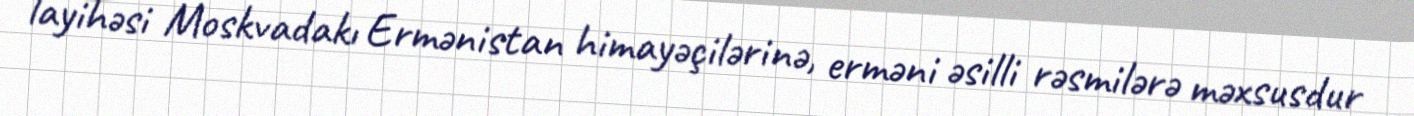
layihəsi Moskvadakı Ermənistan himayəçilərinə, erməni əsilli rəsmilərə məxsusdur